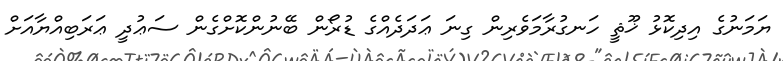
ޔަމަނުގެ އިދިކޮޅު ޚޫޘީ ހަނގުރާމަވެރިން ގިނަ ޢަދަދެއްގެ ޑުރޯން ބޭނުންކޮށްގެން ސަޢުދީ ޢަރަބިއްޔާއަށް